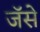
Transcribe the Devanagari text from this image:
जॅसे